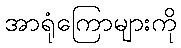
အာရုံကြောများကို